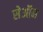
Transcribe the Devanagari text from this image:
सेऑन